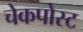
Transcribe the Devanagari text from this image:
चेकपोस्‍ट